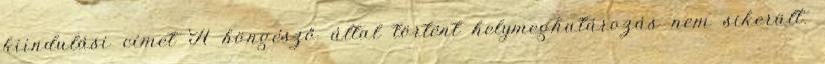
kiindulási címet A böngésző által történt helymeghatározás nem sikerült.